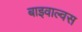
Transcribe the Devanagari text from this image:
बाइवाल्वस